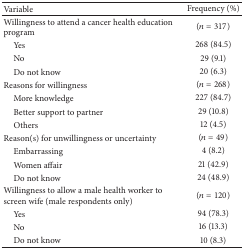
| Variable | Frequency (%) |
 | --- | --- |
 | Willingness to attend a cancer health education program | (n = 317) |
 | Yes | 268 (84.5) |
 | No | 29 (9.1) |
 | Do not know | 20 (6.3) |
 | Reasons for willingness | (n = 268) |
 | More knowledge | 227 (84.7) |
 | Better support to partner | 29 (10.8) |
 | Others | 12 (4.5) |
 | Reason(s) for unwillingness or uncertainty | (n = 49) |
 | Embarrassing | 4 (8.2) |
 | Women affair | 21 (42.9) |
 | Do not know | 24 (48.9) |
 | Willingness to allow a male health worker to screen wife (male respondents only) | (n = 120) |
 | Yes | 94 (78.3) |
 | No | 16 (13.3) |
 | Do not know | 10 (8.3) |